Indian journal of veterinary science and animal husbandry - Volume 6,
Year: 1936
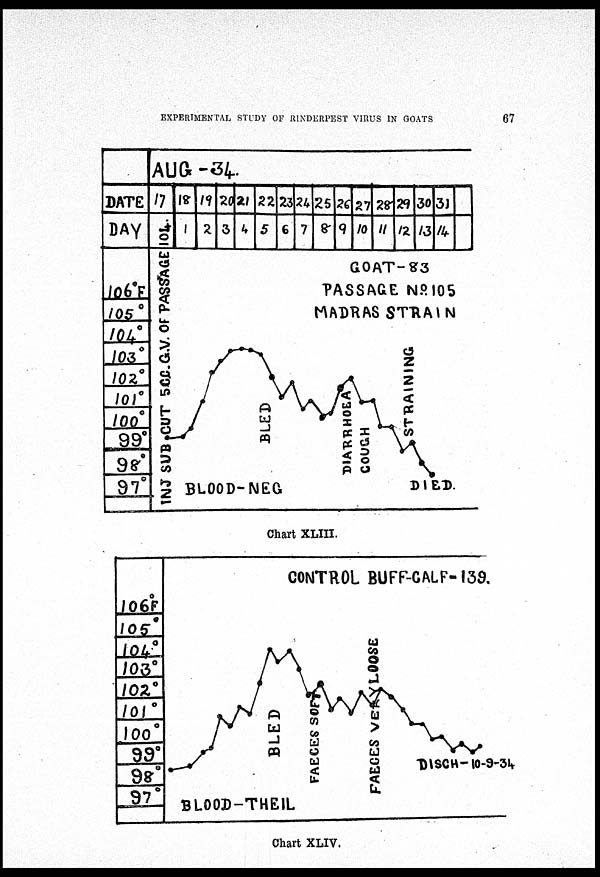
EXPERIMENTAL STUDY OF RINDERPEST VIRUS IN GOATS
67
Chart XLIII.
Chart XLIV.